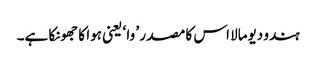
ہندو دیومالا اس کا مصدر ’ وا ‘ یعنی ہوا کا جھونکا ہے۔